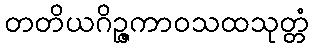
တတိယဂိဉ္ဇကာဝသထသုတ္တံ